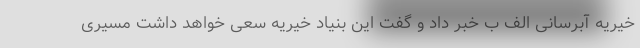
خیریه آبرسانی الف ب خبر داد و گفت این بنیاد خیریه سعی خواهد داشت مسیری